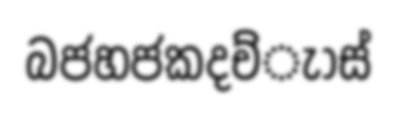
බජහජකදච්ැාස්